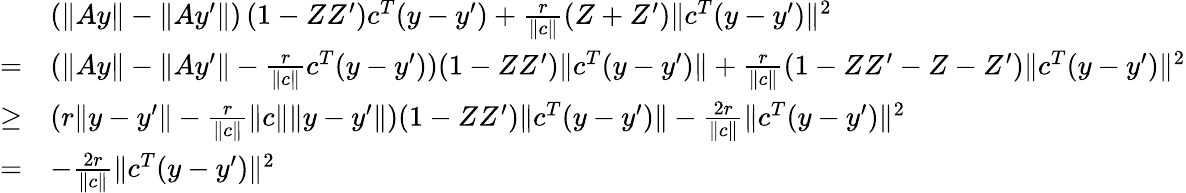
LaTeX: \begin{array}{rl}&{(\| Ay\| -\| Ay^{\prime}\| )\left(1-ZZ^{\prime}\right)c^{T}(y-y^{\prime})+\frac{r}{\| c\| }(Z+Z^{\prime})\| c^{T}(y-y^{\prime})\| ^{2}}\\ {=}&{(\| Ay\| -\| Ay^{\prime}\| -\frac{r}{\| c\| }c^{T}(y-y^{\prime}))(1-ZZ^{\prime})\| c^{T}(y-y^{\prime})\| +\frac{r}{\| c\| }(1-ZZ^{\prime}-Z-Z^{\prime})\| c^{T}(y-y^{\prime})\| ^{2}}\\ {\geq}&{(r\| y-y^{\prime}\| -\frac{r}{\| c\| }\| c\| \| y-y^{\prime}\| )(1-ZZ^{\prime})\| c^{T}(y-y^{\prime})\| -\frac{2r}{\| c\| }\| c^{T}(y-y^{\prime})\| ^{2}}\\ {=}&{-\frac{2r}{\| c\| }\| c^{T}(y-y^{\prime})\| ^{2}}\end{array}